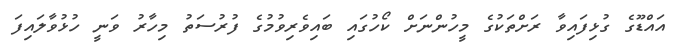
އައްޑޫގެ ގުޅިފައިވާ ރަށްތަކުގެ މީހުންނަށް ކޯހުގައި ބައިވެރިވުމުގެ ފުރުސަތު މިހާރު ވަނީ ހުޅުވާލައިފަ